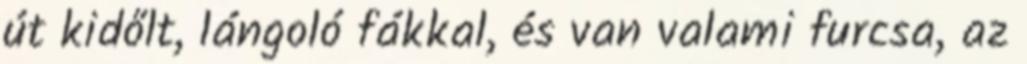
út kidőlt, lángoló fákkal, és van valami furcsa, az